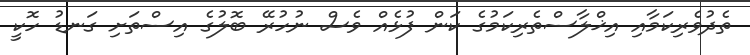
ތެދުވެރިކަމާއި އިޚްލާސްތެރިކަމުގެ ކަން ފުޅެއް ވެސް ނުހުރޭ ބޮލުގެ އިސްތަށި ގަނޑު ހޮކީ